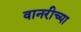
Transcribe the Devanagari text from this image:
वानरीच्या